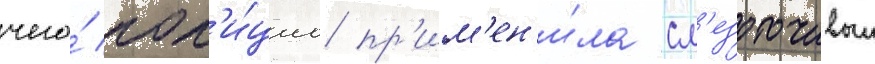
чего́ пол'и́циа пр'им'ен'и́ла сл'езоточивыи